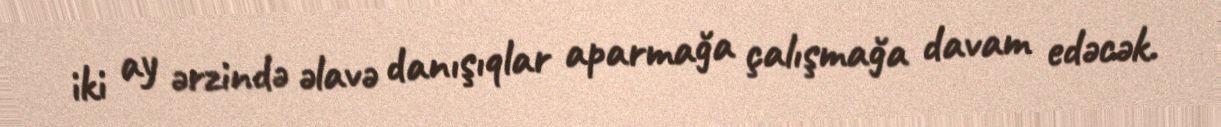
iki ay ərzində əlavə danışıqlar aparmağa çalışmağa davam edəcək.